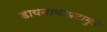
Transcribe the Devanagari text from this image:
डायनामायटामुळे